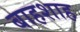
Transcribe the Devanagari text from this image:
बाहशाह